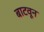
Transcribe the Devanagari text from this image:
बाटवून